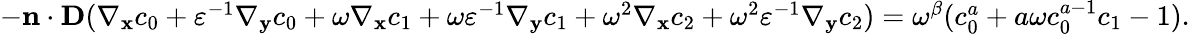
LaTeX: \begin{array}{r}{-\mathbf n\cdot\textbf{D}(\nabla_{\mathbf x}c_{0}+\varepsilon^{-1}\nabla_{\mathbf y}c_{0}+\omega\nabla_{\mathbf x}c_{1}+\omega\varepsilon^{-1}\nabla_{\mathbf y}c_{1}+\omega^{2}\nabla_{\mathbf x}c_{2}+\omega^{2}\varepsilon^{-1}\nabla_{\mathbf y}c_{2})=\omega^{\beta}(c_{0}^{a}+a\omega c_{0}^{a-1}c_{1}-1).}\end{array}